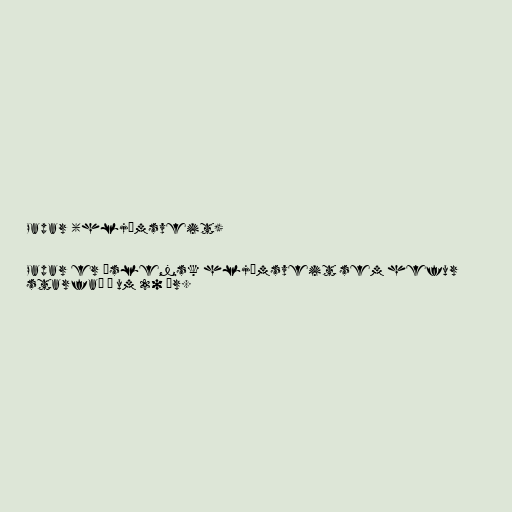
Papar (hljómsveit)

Papar er íslensk hljómsveit sem hefur
starfað í um 20 ár.